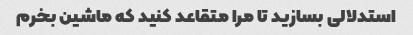
استدلالی بسازید تا مرا متقاعد کنید که ماشین بخرم